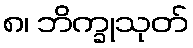
၈၊ ဘိက္ခုသုတ်